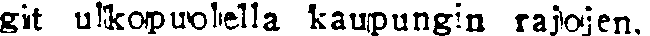
git ulkopuolella kaupungin rajojen.